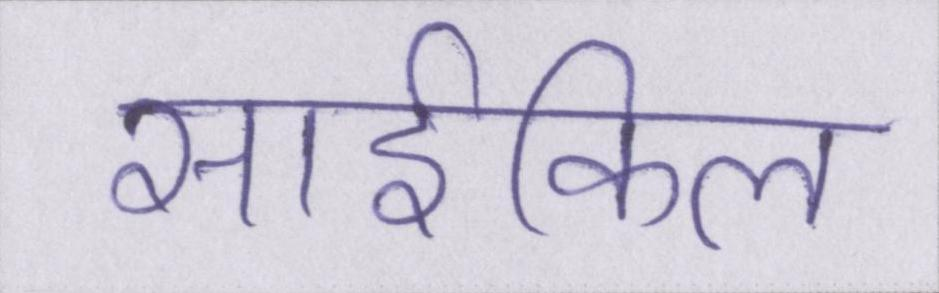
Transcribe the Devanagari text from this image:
साईकिल